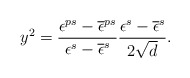
\begin{align*}y^{2} = \frac{\epsilon^{ps}-\overline{\epsilon}^{ps}} {\epsilon^{s}-\overline{\epsilon}^{s}} \frac{\epsilon^{s}-\overline{\epsilon}^{s}}{2 \sqrt{d}}. \end{align*}